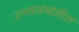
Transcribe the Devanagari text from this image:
उभयसंघांतील